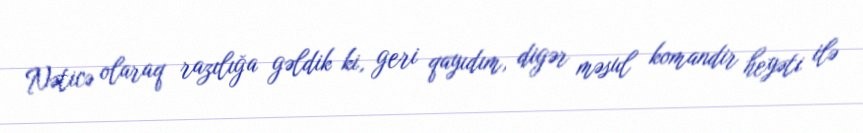
Nəticə olaraq razılığa gəldik ki, geri qayıdım, digər məsul komandir heyəti ilə